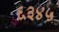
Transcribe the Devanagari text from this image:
६३४५